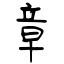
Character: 章